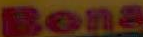
Bona